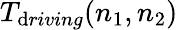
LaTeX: T_{\mathrm{d}riving}(n_{1},n_{2})